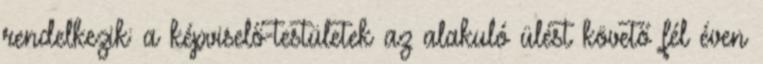
rendelkezik: a képviselő-testületek az alakuló ülést követő fél éven